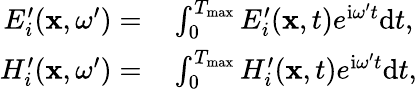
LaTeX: \begin{array}{rl}{E_{i}^{\prime}(\mathbf{x},\omega^{\prime})=}&{{}\int_{0}^{T_{\operatorname*{max}}}E_{i}^{\prime}(\mathbf{x},t)e^{\mathrm{i}\omega^{\prime}t}\mathrm{d}t,}\\ {H_{i}^{\prime}(\mathbf{x},\omega^{\prime})=}&{{}\int_{0}^{T_{\operatorname*{max}}}H_{i}^{\prime}(\mathbf{x},t)e^{\mathrm{i}\omega^{\prime}t}\mathrm{d}t,}\end{array}